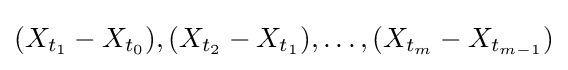
(X_{t_{1}}-X_{t_{0}}),(X_{t_{2}}-X_{t_{1}}),\dots ,(X_{t_{m}}-X_{t_{m-1}})